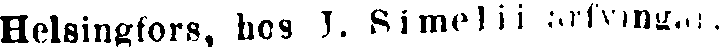
Helsingfors, hos J. Simelii arfvingar.